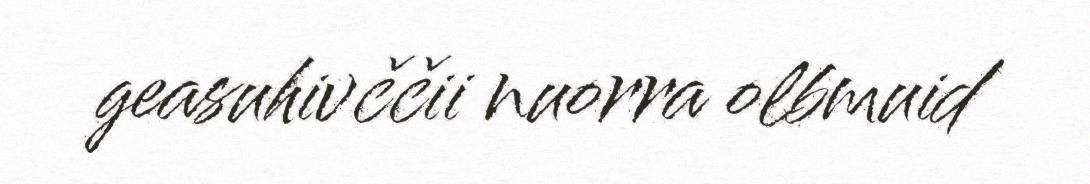
geasuhivččii nuorra olbmuid